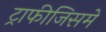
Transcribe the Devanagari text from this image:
ट्राफीजिसमे